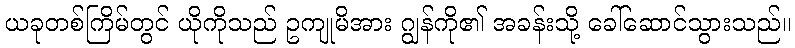
ယခုတစ်ကြိမ်တွင် ယိုကိုသည် ဥကျုမိအား ဂျွန်ကို၏ အခန်းသို့ ခေါ်ဆောင်သွားသည်။